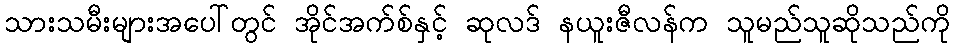
သားသမီးများအပေါ်တွင် အိုင်အက်စ်နှင့် ဆုလဒ် နယူးဇီလန်က သူမည်သူဆိုသည်ကို